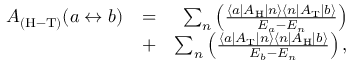
\begin{array} { r l r } { A _ { \mathrm { ( H - T ) } } ( a \leftrightarrow b ) } & { = } & { \sum _ { n } \left( \frac { \left\langle a \left| A _ { \mathrm { H } } \right| { n } \right\rangle \left\langle { n } \left| A _ { \mathrm { T } } \right| b \right\rangle } { E _ { a } - E _ { n } } \right) } \\ & { + } & { \sum _ { n } \left( \frac { \left\langle a \left| A _ { \mathrm { T } } \right| { n } \right\rangle \left\langle { n } \left| A _ { \mathrm { H } } \right| b \right\rangle } { E _ { b } - E _ { n } } \right) , } \end{array}